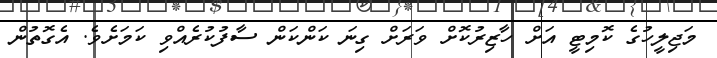
މަޖިލީހުގެ ކޮމިޓީ އަށް ހާޒިރުކޮށް ވަރަށް ގިނަ ކަންކަން ސާފުކުރެއްވި ކަމަށެވެ. އެގޮތުން